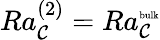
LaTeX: Ra_{\mathcal{C}}^{(2)}=Ra_{\mathcal{C}}^{\mathrm{{\tiny{bulk}}}}